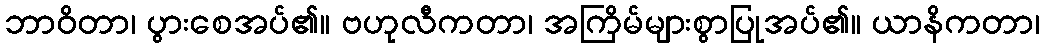
ဘာဝိတာ၊ ပွားစေအပ်၏။ ဗဟုလီကတာ၊ အကြိမ်များစွာပြုအပ်၏။ ယာနိကတာ၊